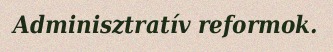
Adminisztratív reformok.